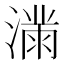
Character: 𫞜